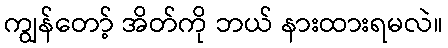
ကျွန်တော့် အိတ်ကို ဘယ် နားထားရမလဲ။